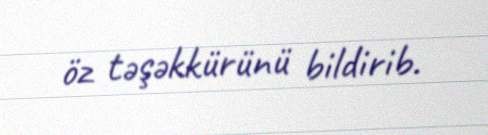
öz təşəkkürünü bildirib.